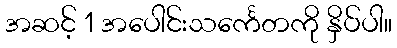
အဆင့် 1 အပေါင်းသင်္ကေတကို နှိပ်ပါ။